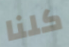
كلنا